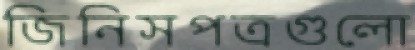
জিনিসপত্রগুলো